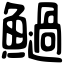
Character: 𩼣